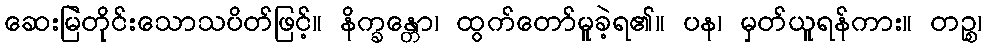
ဆေးမြဲတိုင်းသောသပိတ်ဖြင့်။ နိက္ခန္တော၊ ထွက်တော်မူခဲ့ရ၏။ ပန၊ မှတ်ယူရန်ကား။ တဉ္စ၊